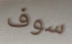
سوف